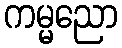
ကမ္မညော